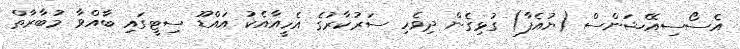
އެސޯސިއޭޝަންސް (ޔުއެފާ) ގުޅިގެން ދިވެހި ސަރުކާރުގެ އެހީއާއެކު އައްޑޫ ސިޓީގައި ބާއްވާ މުބާރާތް